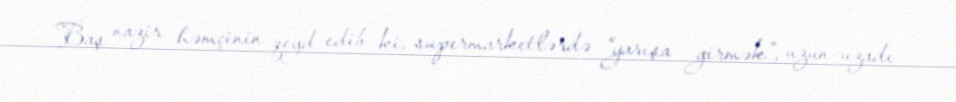
Baş nazir həmçinin qeyd edib ki, supermarketlərdə “yarışa girmək”, uzun-uzadı